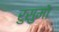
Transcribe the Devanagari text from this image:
रुसुमो